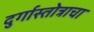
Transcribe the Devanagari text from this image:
दुर्गास्तोत्राचा